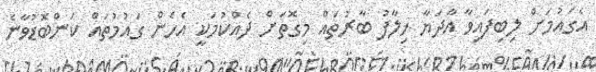
އެގައުމަށް ލިބިފައިވާ އާދަޔާ ޚިލާފު ބާރުތައް މިގޮތަށް ދެއްކުމަކީ އެހެން ގައުމުތައް ކަންބޮޑުވާނެ